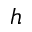
h